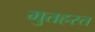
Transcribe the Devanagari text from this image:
मुत्तहस्त